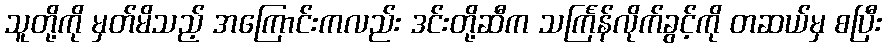
သူတို့ကို မှတ်မိသည့် အကြောင်းကလည်း ဒင်းတို့ဆီက သင်္ကြန်လိုက်ခွင့်ကို တဆယ်မှ စပြီး